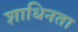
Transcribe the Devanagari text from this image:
शाधिनता